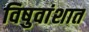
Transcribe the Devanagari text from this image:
विषुवांशात